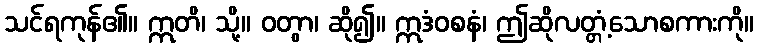
သင်ရကုန်၏။ ဣတိ၊ သို့။ ဝတွာ၊ ဆို၍။ ဣဒံဝစနံ၊ ဤဆိုလတ္တံ့သောစကားကို။